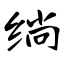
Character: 绱